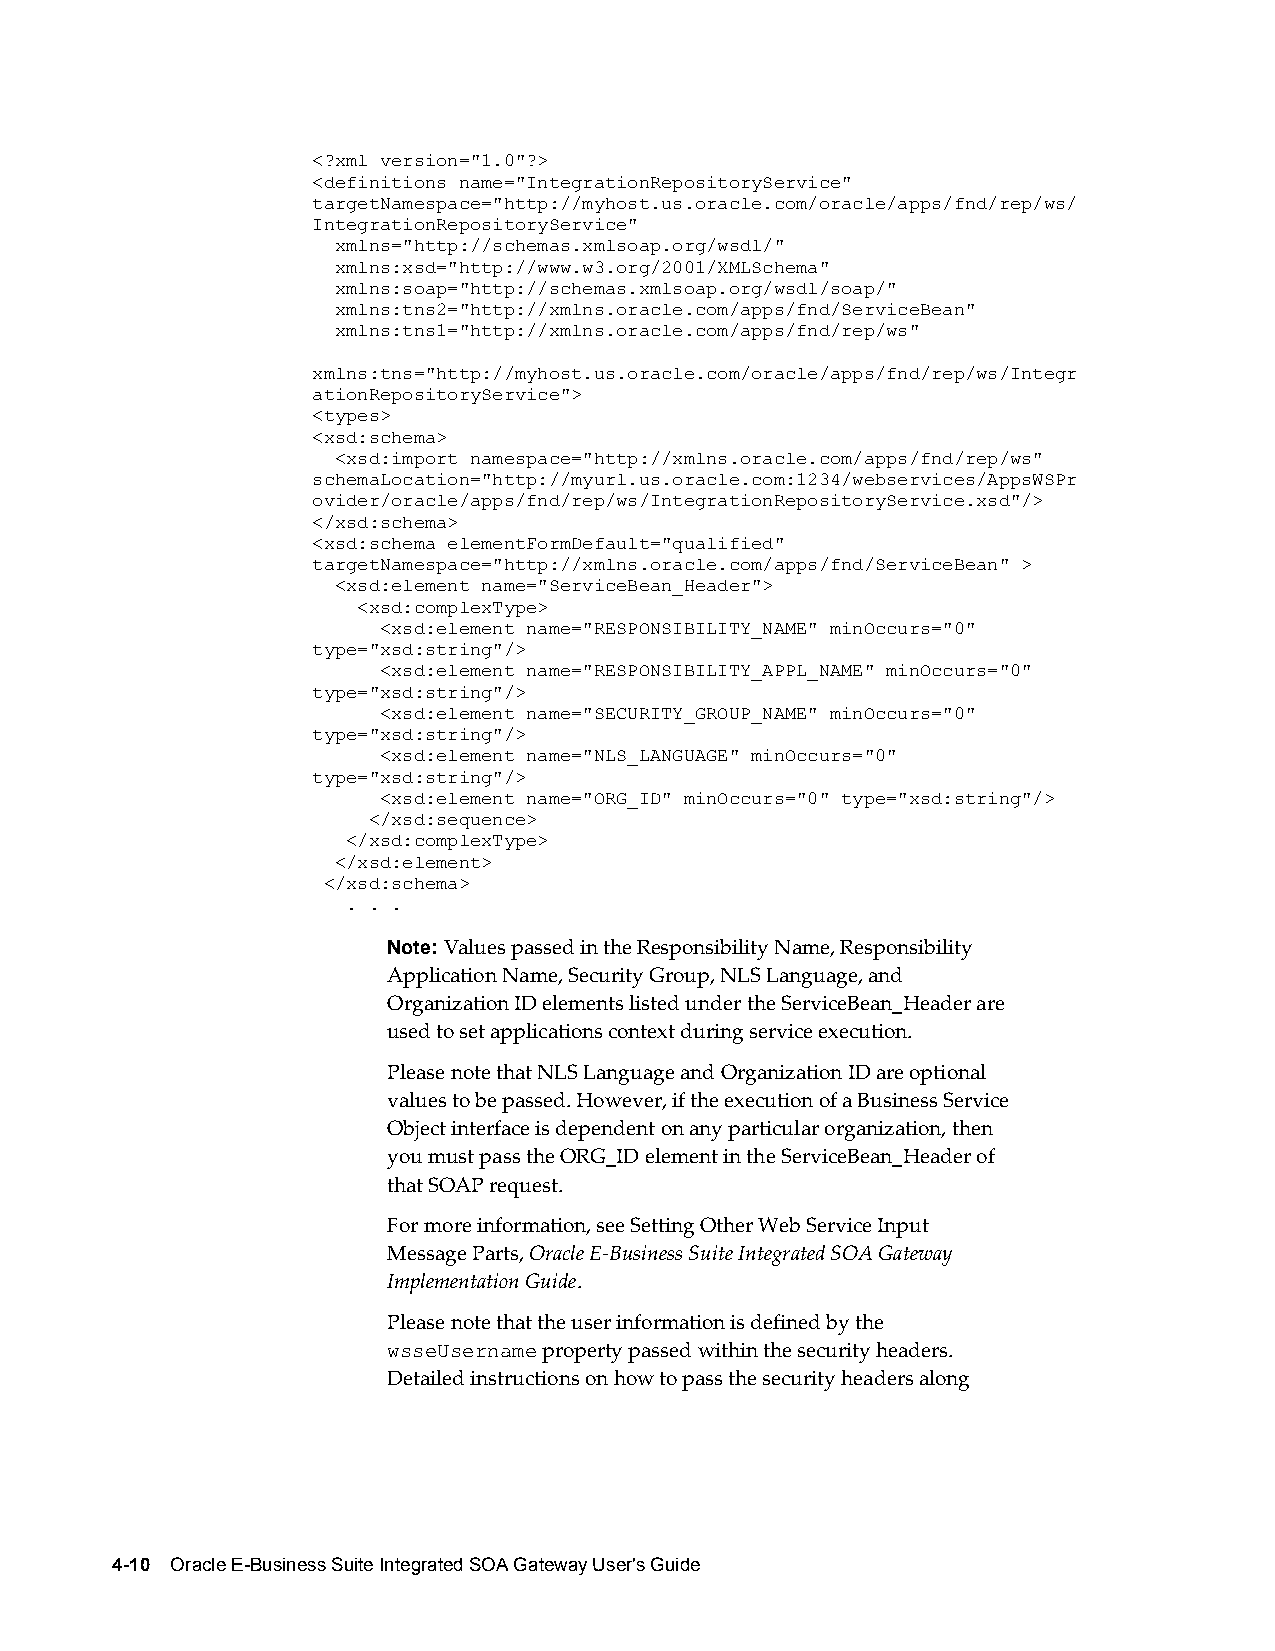
<?xml version="1.0"?>
 <definitions name="IntegrationRepositoryService"
 targetNamespace="http://myhost.us.oracle.com/oracle/apps/fnd/rep/ws/
 IntegrationRepositoryService"
 xmlns="http://schemas.xmlsoap.org/wsdl/"
 xmlns:xsd="http://www.w3.org/2001/XMLSchema"
 xmlns:soap="http://schemas.xmlsoap.org/wsdl/soap/"
 xmlns:tns2="http://xmlns.oracle.com/apps/fnd/ServiceBean"
 xmlns:tns1="http://xmlns.oracle.com/apps/fnd/rep/ws"
 xmlns:tns="http://myhost.us.oracle.com/oracle/apps/fnd/rep/ws/Integr
 ationRepositoryService">
 <types>
 <xsd:schema>
 <xsd:import namespace="http://xmlns.oracle.com/apps/fnd/rep/ws"
 schemaLocation="http://myurl.us.oracle.com:1234/webservices/AppsWSPr
 ovider/oracle/apps/fnd/rep/ws/IntegrationRepositoryService.xsd"/>
 </xsd:schema>
 <xsd:schema elementFormDefault="qualified"
 targetNamespace="http://xmlns.oracle.com/apps/fnd/ServiceBean" >
 <xsd:element name="ServiceBean_Header">
 <xsd:complexType>
 <xsd:element name="RESPONSIBILITY_NAME" minOccurs="0"
 type="xsd:string"/>
 <xsd:element name="RESPONSIBILITY_APPL_NAME" minOccurs="0"
 type="xsd:string"/>
 <xsd:element name="SECURITY_GROUP_NAME" minOccurs="0"
 type="xsd:string"/>
 <xsd:element name="NLS_LANGUAGE" minOccurs="0"
 type="xsd:string"/>
 <xsd:element name="ORG_ID" minOccurs="0" type="xsd:string"/>
 </xsd:sequence>
 </xsd:complexType>
 </xsd:element>
 </xsd:schema>
 . . .
 Note: Values passed in the Responsibility Name, Responsibility
 Application Name, Security Group, NLS Language, and
 Organization ID elements listed under the ServiceBean_Header are
 used to set applications context during service execution.
 Please note that NLS Language and Organization ID are optional
 values to be passed. However, if the execution of a Business Service
 Object interface is dependent on any particular organization, then
 you must pass the ORG_ID element in the ServiceBean_Header of
 that SOAP request.
 For more information, see Setting Other Web Service Input
 Message Parts, Oracle E-Business Suite Integrated SOA Gateway
 Implementation Guide.
 Please note that the user information is defined by the
 wsseUsername property passed within the security headers.
 Detailed instructions on how to pass the security headers along
 4-10 Oracle E-Business Suite Integrated SOA Gateway User's Guide